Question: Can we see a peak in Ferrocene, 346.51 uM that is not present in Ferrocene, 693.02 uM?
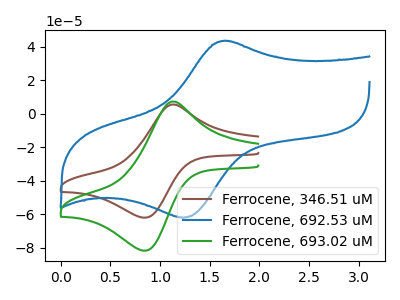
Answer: <think>The brown curve "Ferrocene, 346.51 uM" has an anodic peak at (1.15V, 5.60uA) and a cathodic peak at (0.85V, -62.00uA). The blue curve "Ferrocene, 692.53 uM" has an anodic peak at (1.65V, 43.50uA) and a cathodic peak at (1.25V, -62.00uA). The green curve "Ferrocene, 693.02 uM" has an anodic peak at (1.15V, 7.35uA) and a cathodic peak at (0.85V, -81.70uA).
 All the peaks in "Ferrocene, 346.51 uM" have a peak in "Ferrocene, 693.02 uM" at the same potential. Every peak in "Ferrocene, 346.51 uM" is lower than every peak in "Ferrocene, 693.02 uM".</think>
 <answer>No, "Ferrocene, 346.51 uM" and "Ferrocene, 693.02 uM" don't appear to be significantly different in shape</answer>
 <eval>no_change</eval>